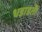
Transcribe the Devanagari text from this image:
धडाडती